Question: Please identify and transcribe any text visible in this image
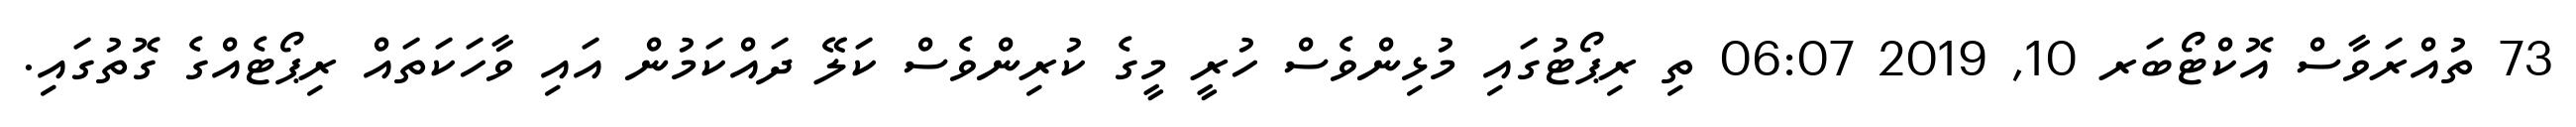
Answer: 73 ތުއްރަވާސް އޮކްޓޯބަރ 10, 2019 06:07 ތި ރިޕޯޓުގައި މުޅިންވެސް ހުރީ މީގެ ކުރިންވެސް ކަލޭ ދައްކަމުން އައި ވާހަކަތައް ރިޕޯޓެއްގެ ގޮތުގައި.